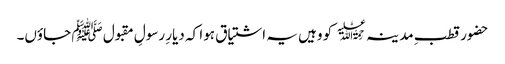
حضور قطبِ مد ینہ﷫ کو وہیں یہ اشتیاق ہوا کہ دیارِ رسولِ مقبول ﷺ جاؤں۔